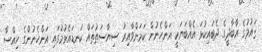
ޤައުމުގެ އާބާދީގެ ދެބައިކުޅަ އެއްބަޔަކީ އަންހެނުން ކަމަށްވާއިރު ސިޔާސަތުތައް ކަނޑައެޅުމުގައި އަންހެނުންގެ ހިއްސާ